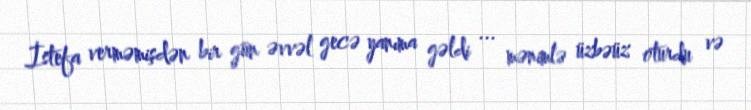
İstefa verməmişdən bir gün əvvəl gecə yanıma gəldi ... mənimlə üzbəüz oturdu və